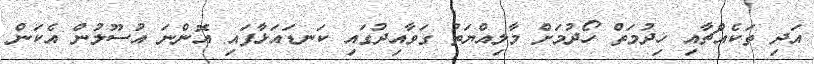
އަދި ތަކެއްޗާއި ޚިދުމަތް ހޯދުމަށް މާލިއްޔަތު ގަވާއިދުގައި ކަނޑައަޅާފައި އޮންނަ އުސޫލުން އެކަން